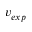
v _ { e x p }